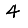
Digit: 4